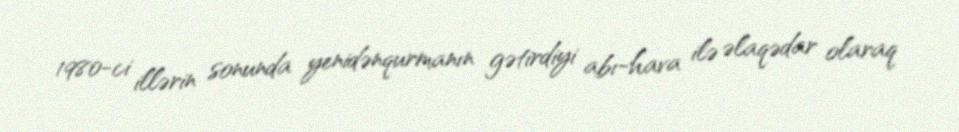
1980-ci illərin sonunda yenidənqurmanın gətirdiyi abı-hava ilə əlaqədar olaraq